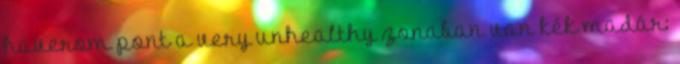
haverom pont a very unhealthy zonaban van kék madár: